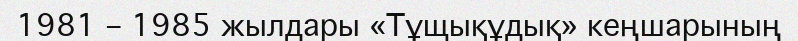
1981 – 1985 жылдары «Тұщықұдық» кеңшарының